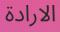
الارادة